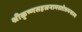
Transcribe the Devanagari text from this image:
श्रीकृष्णसहस्रनामस्तोत्रमन्त्रस्य